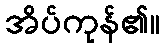
အိပ်ကုန်၏။